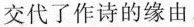
交代了作诗的缘由。